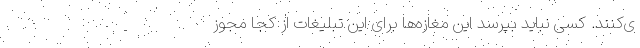
ی‌کنند. کسی نباید بپرسد این مغازه‌ها برای این تبلیغات از کجا مجوز